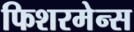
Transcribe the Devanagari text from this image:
फिशरमेन्स